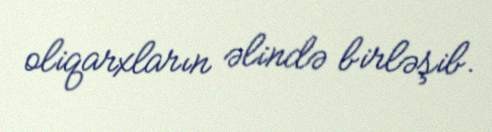
oliqarxların əlində birləşib.